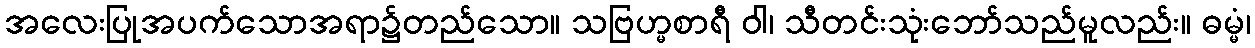
အလေးပြုအပက်သောအရာ၌တည်သော။ သဗြဟ္မစာရီ ဝါ၊ သီတင်းသုံးဘော်သည်မူလည်း။ ဓမ္မံ၊